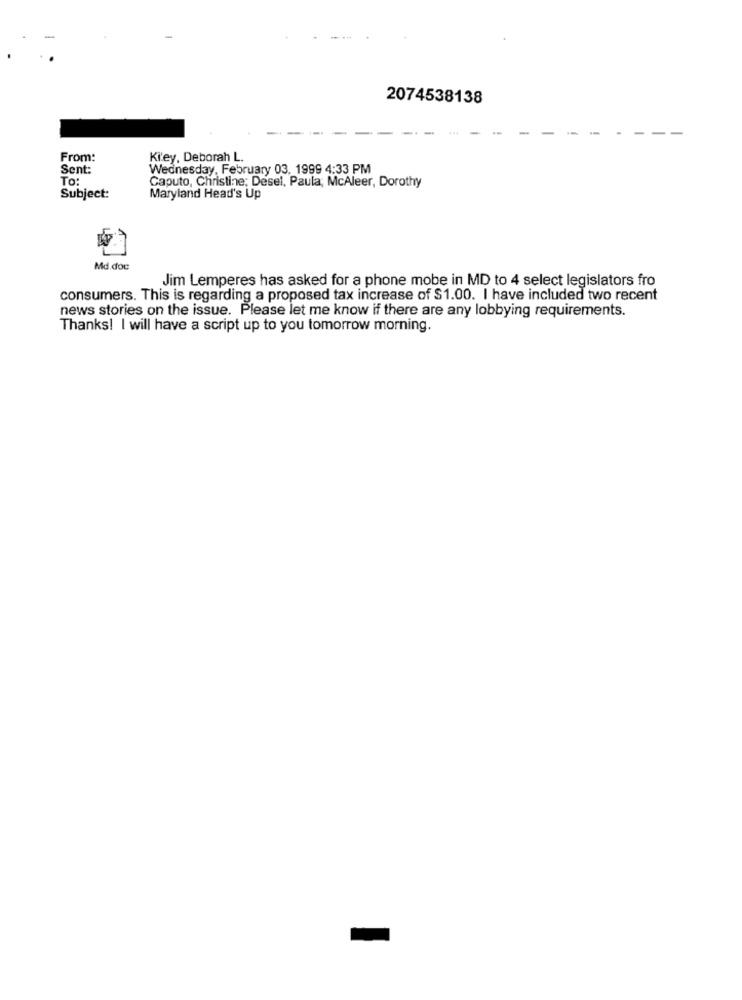
2074538138
From:
Ki'ey, Deborah L.
Sent:
Wednesday, February 03, 1999 4:33 PM
To:
Caputo, Christine; Desel, Paula, McAleer, Dorothy
Subject:
Maryland Head's Up
Md.doc
Jim Lemperes has asked for a phone mobe in MD to 4 select legislators fro
consumers. This is regarding a proposed tax increase of $1.00. I have included two recent
news stories on the issue. Please let me know if there are any lobbying requirements.
Thanks! I will have a script up to you tomorrow morning.